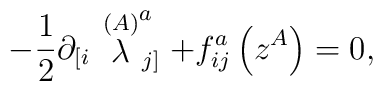
-\frac{1}{2}\partial _{\left[ i\right. }\stackrel{(A)}{\lambda }_{\left.j\right] }^{a}+f_{ij}^{a}\left( z^{A}\right) =0,